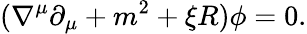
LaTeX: (\nabla^{\mu}\partial_{\mu}+m^{2}+\xi R)\phi=0.